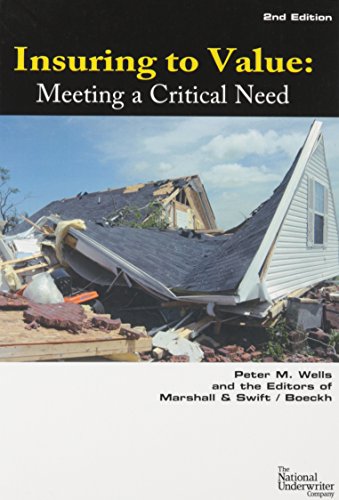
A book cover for Insuring to Value: Meeting a Critical Need; Peter M. Wells; Business & Money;